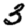
Digit: 3